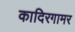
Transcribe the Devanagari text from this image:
कादिरगामर